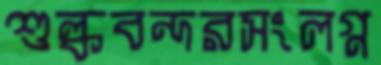
শুল্কবন্দরসংলগ্ন